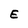
Character: E